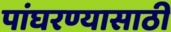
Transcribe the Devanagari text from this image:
पांघरण्यासाठी